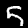
Digit: 5